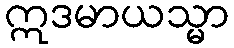
ဣဒမာယသ္မာ